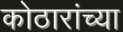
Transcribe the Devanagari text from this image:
कोठारांच्या